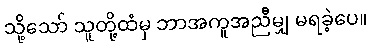
သို့သော် သူတို့ထံမှ ဘာအကူအညီမျှ မရခဲ့ပေ။